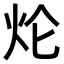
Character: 𤆢